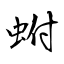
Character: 蚹